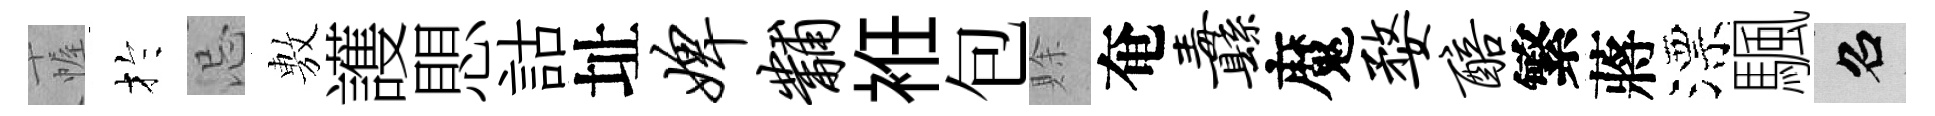
幄扵忌𢾾護愳詁址婢黼袵包賖奄纛魔婺醅繁蔣漂颿召